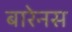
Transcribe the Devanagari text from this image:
बारेनस